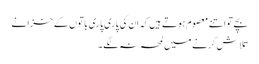
بچے تو اتنے معصوم ہوتے ہیں کہ ان کی پاری پاری باتوں کے خزانے
تلاش کرنے میں لمحہ نہ لگے ۔